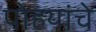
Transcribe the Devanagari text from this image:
पोहयांचे